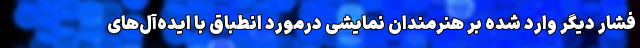
فشار دیگر وارد شده بر هنرمندان نمایشی درمورد انطباق با ایده‌آل‌های